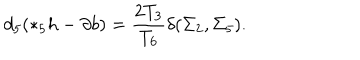
d _ { 5 } ( * _ { 5 } h - \partial b ) = { \frac { 2 T _ { 3 } } { T _ { 6 } } } \delta ( \Sigma _ { 2 } , \Sigma _ { 5 } ) .